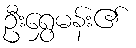
ဦးရွှေမန်း၏